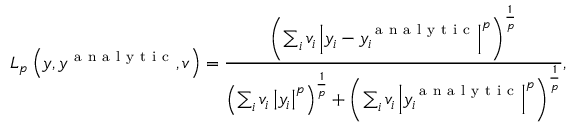
L _ { p } \left( y , y ^ { \mathrm { ~ a ~ n ~ a ~ l ~ y ~ t ~ i ~ c ~ } } , v \right) = \frac { \left( \sum _ { i } v _ { i } \left| y _ { i } - y _ { i } ^ { \mathrm { ~ a ~ n ~ a ~ l ~ y ~ t ~ i ~ c ~ } } \right| ^ { p } \right) ^ { \frac { 1 } { p } } } { \left( \sum _ { i } v _ { i } \left| y _ { i } \right| ^ { p } \right) ^ { \frac { 1 } { p } } + \left( \sum _ { i } v _ { i } \left| y _ { i } ^ { \mathrm { ~ a ~ n ~ a ~ l ~ y ~ t ~ i ~ c ~ } } \right| ^ { p } \right) ^ { \frac { 1 } { p } } } ,